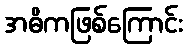
အဓိကဖြစ်ကြောင်း